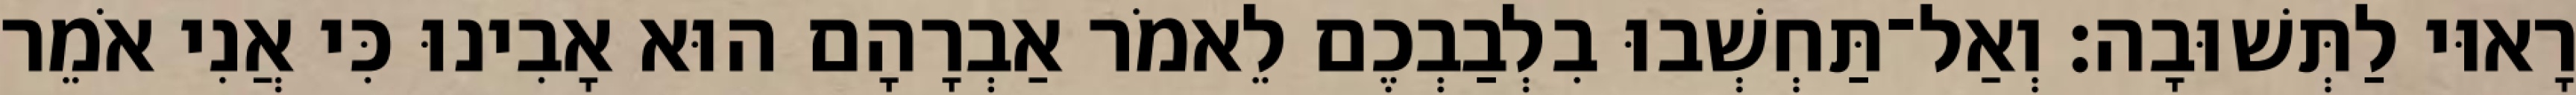
רָאוּי לַתְּשׁוּבָה׃ וְאַל־תַּחְשְׁבוּ בִלְבַבְכֶם לֵאמֹר אַבְרָהָם הוּא אָבִינוּ כִּי אֲנִי אֹמֵר